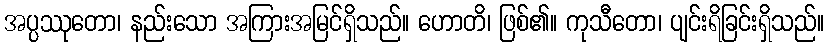
အပ္ပဿုတော၊ နည်းသော အကြားအမြင်ရှိသည်။ ဟောတိ၊ ဖြစ်၏။ ကုသီတော၊ ပျင်းရိခြင်းရှိသည်။